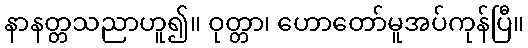
နာနတ္တသညာဟူ၍။ ဝုတ္တာ၊ ဟောတော်မူအပ်ကုန်ပြီ။